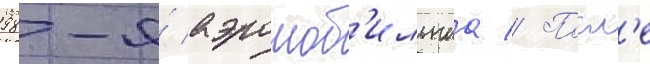
98-я́ аэромоб'ильнаа // Посл'е